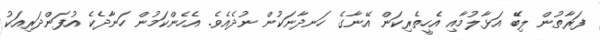
ފަރާތުުން ލިބޭޭ އަޅާލުމާއި އެހީތެރިކަން އޭނާގެ ހަނދާނަކުން ނުދެއެވެ. އެހެންކަމުން ހަނާދެކެ އުފަންދަރިއަކު